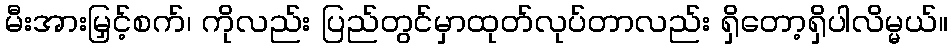
မီးအားမြှင့်စက်၊ ကိုလည်း ပြည်တွင်မှာထုတ်လုပ်တာလည်း ရှိတော့ရှိပါလိမ္မယ်။